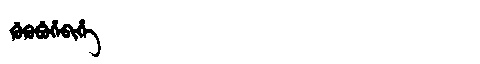
Manchu: ᡤᡠᡴᡠᠪᡠᡥᡝᠪᡳᡥᡝ
Romanization: GUKUBUHEBIHE